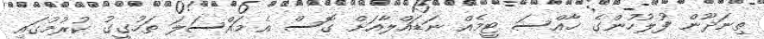
ތިނަދޫން ފުލުހުންގެ ޚާއްސަ ޓީމެއް ނަޑައްލާއަށް ގޮސް އެ މައްސަލަ ތަހުގީގު ކުރުމުގައި